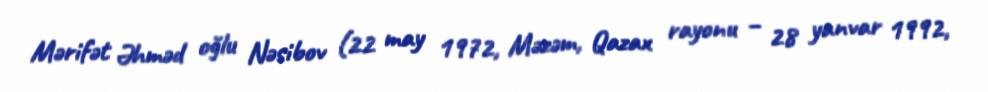
Mərifət Əhməd oğlu Nəsibov (22 may 1972, Məzəm, Qazax rayonu – 28 yanvar 1992,